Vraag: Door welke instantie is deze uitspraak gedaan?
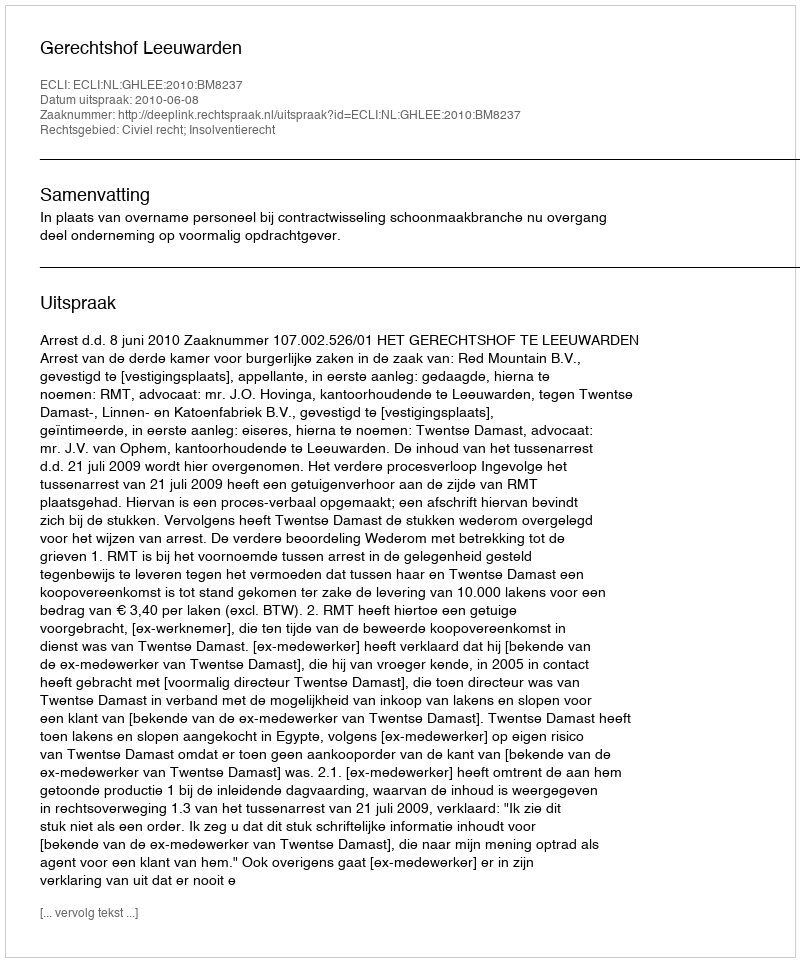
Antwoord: Gerechtshof Leeuwarden